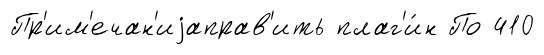
Пр'им'ечан'иjаправ'ить плаг'и́н По 410